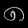
Digit: ၈